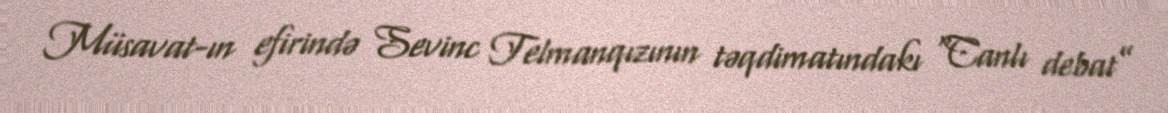
Müsavat-ın efirində Sevinc Telmanqızının təqdimatındakı “Canlı debat”